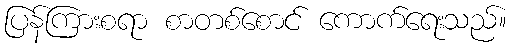
ပြန်ကြားစရာ စာတစ်စောင် ကောက်ရေးသည်။